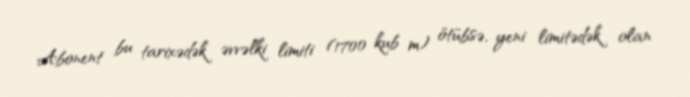
Abonent bu tarixədək əvvəlki limiti (1700 kub m) ötübsə, yeni limitədək olan